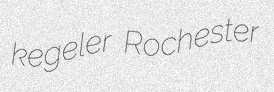
kegeler Rochester